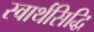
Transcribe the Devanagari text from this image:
स्वार्थसिद्धि